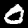
Label: 0